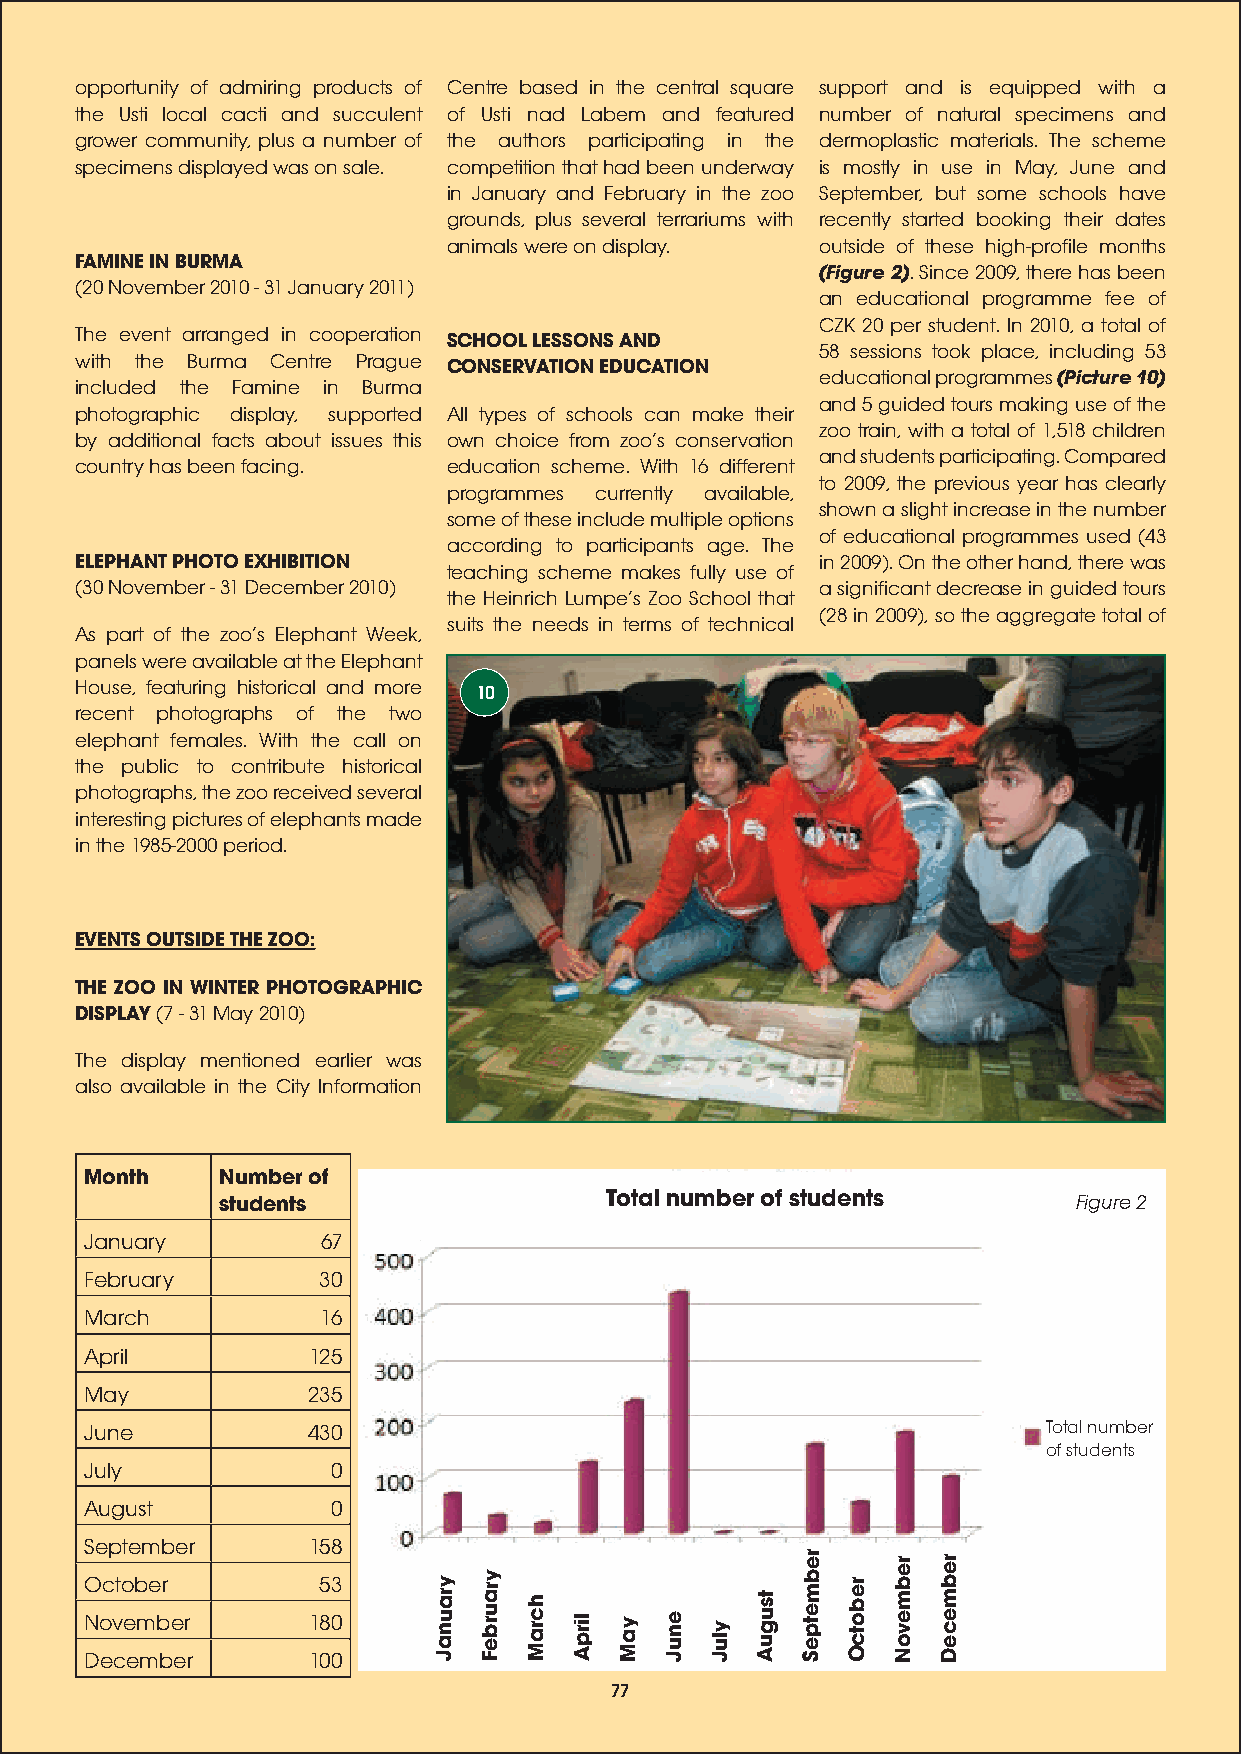
opportunity of admiring products of Centre based in the central square support and is equipped with a
 the Usti local cacti and succulent of Usti nad Labem and featured number of natural specimens and
 grower community, plus a number of the authors participating in the dermoplastic materials. The scheme
 specimens displayed was on sale. competition that had been underway is mostly in use in May, June and
 in January and February in the zoo September, but some schools have
 grounds, plus several terrariums with recently started booking their dates
 animals were on display. outside of these high-profile months
 FAMINE IN BURMA
 (Figure 2). Since 2009, there has been
 (20 November 2010 - 31 January 2011)
 an educational programme fee of
 CZK 20 per student. In 2010, a total of
 The event arranged in cooperation SCHOOL LESSONS AND
 58 sessions took place, including 53
 with the Burma Centre Prague CONSERVATION EDUCATION
 educational programmes (Picture 10)
 included the Famine in Burma
 and 5 guided tours making use of the
 photographic display, supported All types of schools can make their
 zoo train, with a total of 1,518 children
 by additional facts about issues this own choice from zoos conservation
 and students participating. Compared
 country has been facing. education scheme. With 16 different
 to 2009, the previous year has clearly
 programmes currently available,
 shown a slight increase in the number
 some of these include multiple options
 of educational programmes used (43
 according to participants age. The
 ELEPHANT PHOTO EXHIBITION                        in 2009). On the other hand, there was
 teaching scheme makes fully use of
 (30 November - 31 December 2010)                 a significant decrease in guided tours
 the Heinrich Lumpes Zoo School that
 (28 in 2009), so the aggregate total of
 suits the needs in terms of technical
 As part of the zoos Elephant Week,
 panels were available at the Elephant
 House, featuring historical and more 10
 recent photographs of the two
 elephant females. With the call on
 the public to contribute historical
 photographs, the zoo received several
 interesting pictures of elephants made
 in the 1985-2000 period.
 EVENTS OUTSIDE THE ZOO:
 THE ZOO IN WINTER PHOTOGRAPHIC
 DISPLAY (7 - 31 May 2010)
 The display mentioned earlier was
 also available in the City Information
 Month    Number of
 students                 Total number of students       Figure 2
 January        67
 February       30
 March          16
 April         125
 May           235
 June          430                                              Total number
 of students
 July            0
 August          0
 September     158
 er    er er
 O
 N
 Deoc
 v
 cto
 e
 eb
 m
 me
 b
 br
 e er
 r
 1185 003
 0
 January February
 March
 April May June July
 August
 Septemb October Novemb Decemb
 77